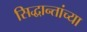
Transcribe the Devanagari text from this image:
सिद्धान्तांच्या